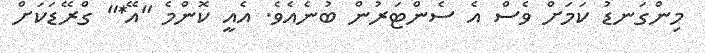
މިންގަނޑު ކަމަށް ވެސް އެ ސެންޓަރުން ބުނެއެވެ. އެއީ ކޮންމެ "އޭ*" ގްރޭޑަކަށް